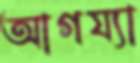
আগয্যা